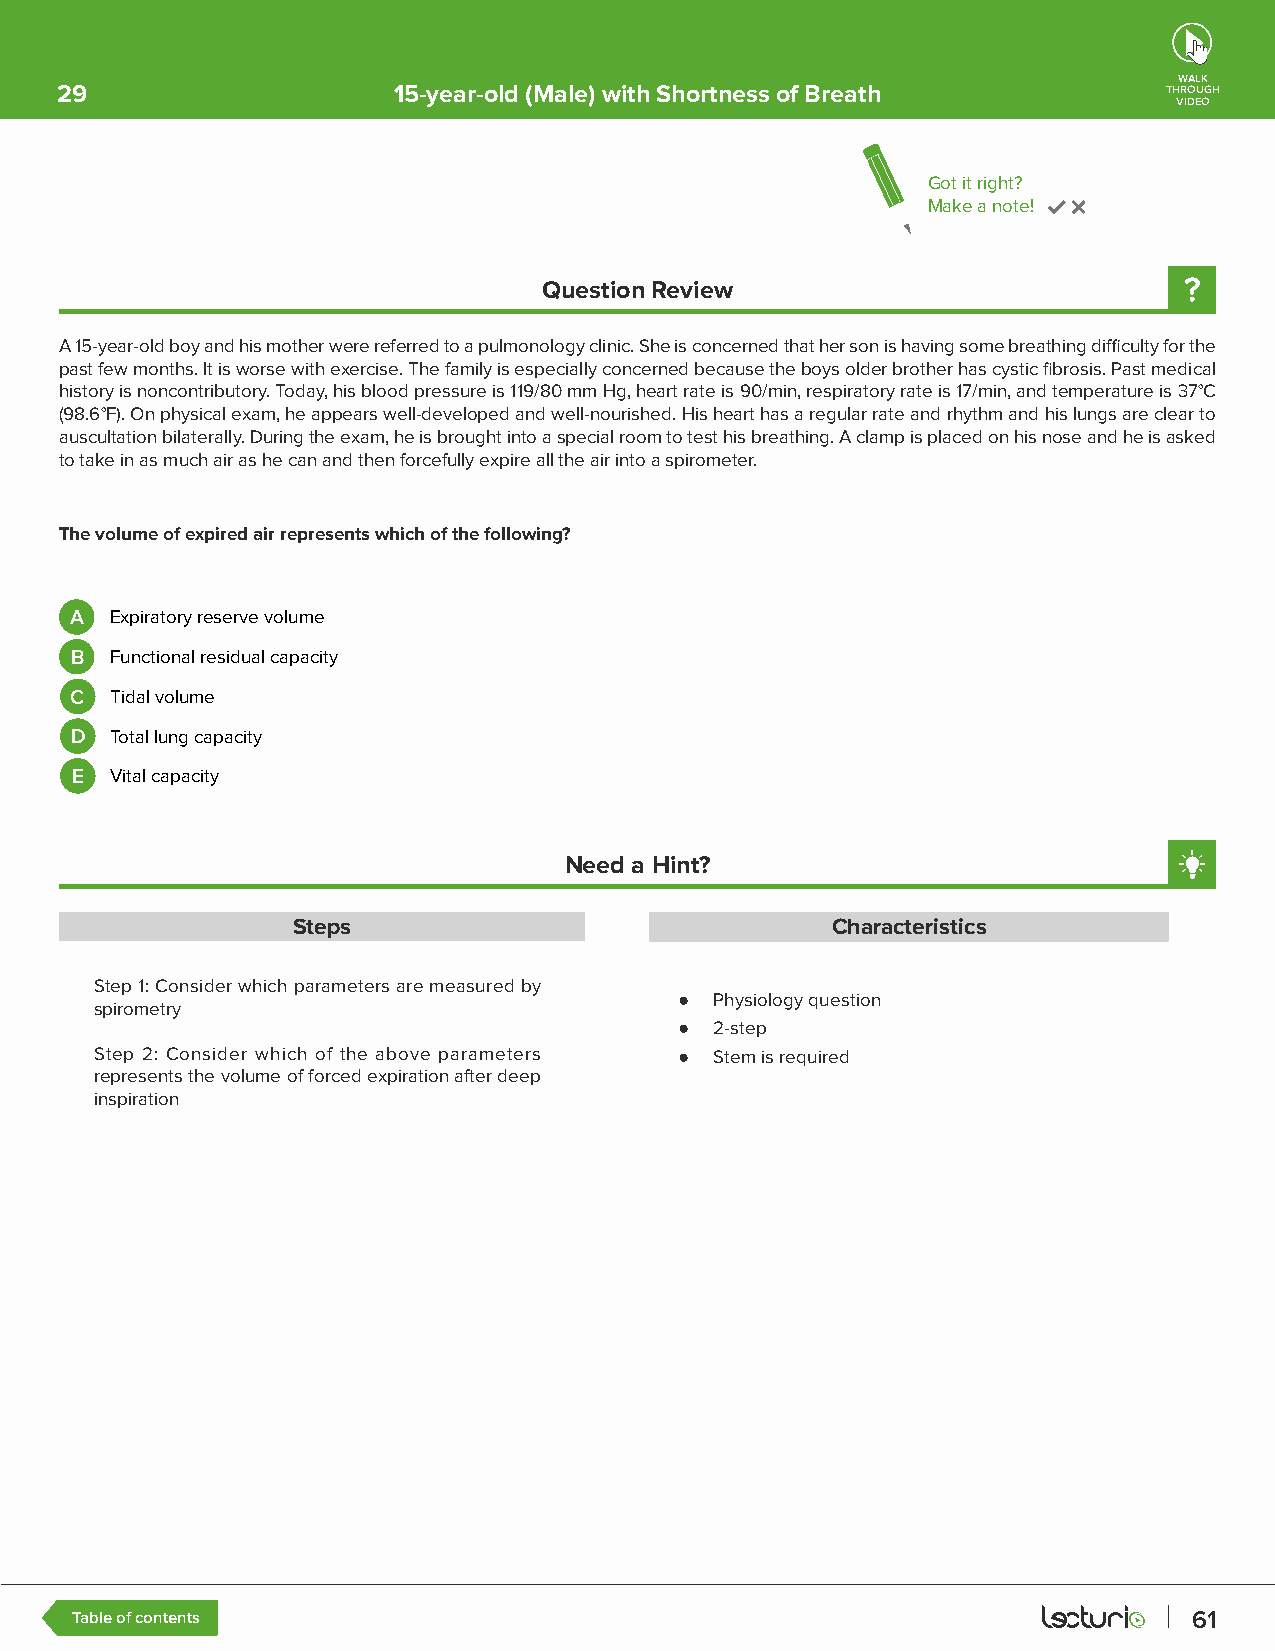
WALK
 29                    15-year-old (Male) with Shortness of Breath        THROUGH
 VIDEO
 Got it right?
 Make a note!
 Question Review
 A 15-year-old boy and his mother were referred to a pulmonology clinic. She is concerned that her son is having some breathing difficulty for the
 past few months. It is worse with exercise. The family is especially concerned because the boys older brother has cystic fibrosis. Past medical
 history is noncontributory. Today, his blood pressure is 119/80 mm Hg, heart rate is 90/min, respiratory rate is 17/min, and temperature is 37°C
 (98.6°F). On physical exam, he appears well-developed and well-nourished. His heart has a regular rate and rhythm and his lungs are clear to
 auscultation bilaterally. During the exam, he is brought into a special room to test his breathing. A clamp is placed on his nose and he is asked
 to take in as much air as he can and then forcefully expire all the air into a spirometer.
 The volume of expired air represents which of the following?
 A Expiratory reserve volume
 B Functional residual capacity
 C Tidal volume
 D Total lung capacity
 E Vital capacity
 Need a Hint?
 Steps                               Characteristics
 Step 1: Consider which parameters are measured by
 ● Physiology question
 spirometry
 ● 2-step
 Step 2: Consider which of the above parameters ● Stem is required
 represents the volume of forced expiration after deep
 inspiration
 Table of contents                                                         61